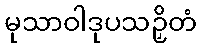
မုသာဝါဒုပသဉှိတံ